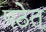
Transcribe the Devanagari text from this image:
पठेत्‌